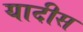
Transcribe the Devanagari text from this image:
यादीस